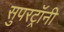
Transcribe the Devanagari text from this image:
सुपरट्रॉनी